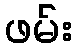
ဖမ်း